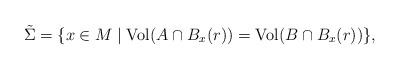
LaTeX: \begin{align*}\tilde \Sigma=\{x\in M \mid {\rm Vol}(A\cap B_x(r))={\rm Vol}(B\cap B_x(r)) \},\end{align*}